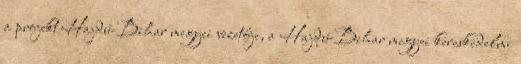
a projekt Hajdú-Bihar megyei vezetője, a Hajdú-Bihar megyei kereskedelmi